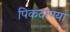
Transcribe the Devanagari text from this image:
पिकदाण्या